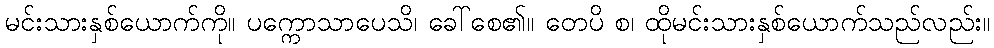
မင်းသားနှစ်ယောက်ကို။ ပက္ကောသာပေသိ၊ ခေါ်စေ၏။ တေပိ စ၊ ထိုမင်းသားနှစ်ယောက်သည်လည်း။